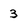
Character: 3